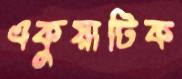
একুয়াটিক